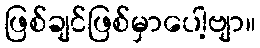
ဖြစ်ချင်ဖြစ်မှာပေါ့ဗျာ။